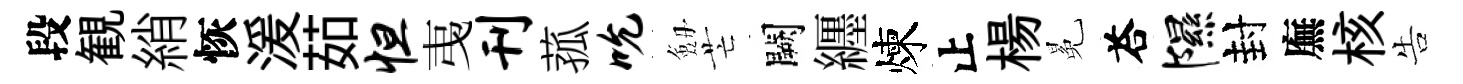
段観綃恢湲茹怛𢎯刊菰吮劔芒闕纒煉止楊冕荅隰封廡核告